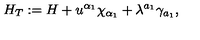
H _ { T } : = H + u ^ { \alpha _ { 1 } } \chi _ { \alpha _ { 1 } } + \lambda ^ { a _ { 1 } } \gamma _ { a _ { 1 } } ,